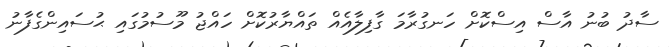
ސާދު ބުނު އާސް އިސްކޮށް ހަނގުރާމަ ގާފިލާއެއް ތައްޔާރުކޮށް ހައްޖު މޫސުމުގައި ޙުސައިންގެފާނު